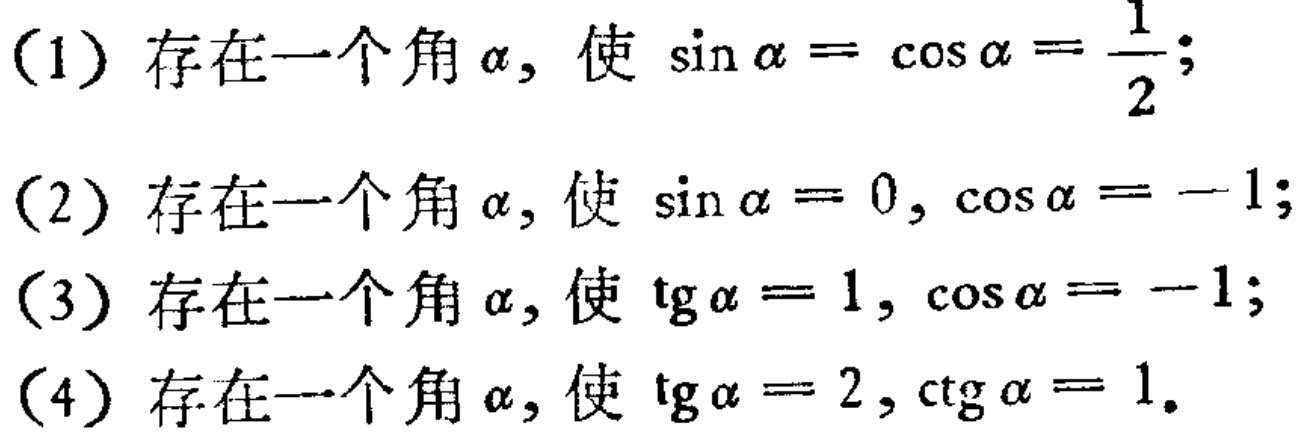
（1）存在一个角\(\alpha\)，使 \(\sin\alpha = \cos\alpha=\frac{1}{2}\)；
（2）存在一个角\(\alpha\)，使 \(\sin\alpha = 0,\cos\alpha = -1\)；
（3）存在一个角\(\alpha\)，使 \(\text{tg}\alpha = 1,\cos\alpha = -1\)；
（4）存在一个角\(\alpha\)，使 \(\text{tg}\alpha = 2,\text{ctg}\alpha = 1\)。